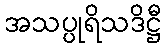
အသပ္ပုရိသဒိဋ္ဌီ